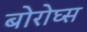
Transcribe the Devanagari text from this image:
बोरोघ्स